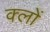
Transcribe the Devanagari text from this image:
क्लों